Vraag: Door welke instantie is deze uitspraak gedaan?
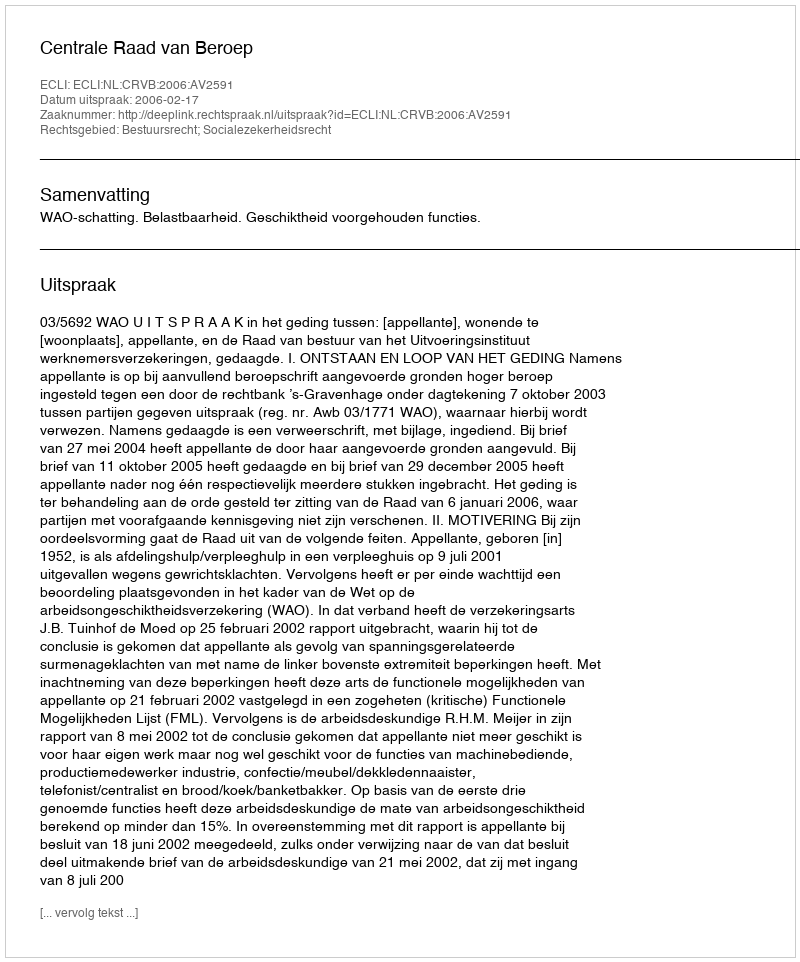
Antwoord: Centrale Raad van Beroep